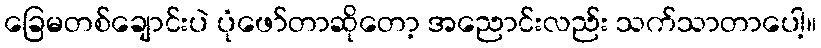
ခြေမတစ်ချောင်းပဲ ပုံဖော်တာဆိုတော့ အညောင်းလည်း သက်သာတာပေါ့။